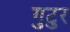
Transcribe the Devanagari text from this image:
गुटुर